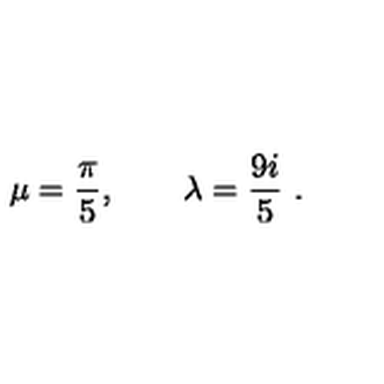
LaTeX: \mu = { \frac { \pi } { 5 } } , \qquad \lambda = { \frac { 9 i } { 5 } } \ .